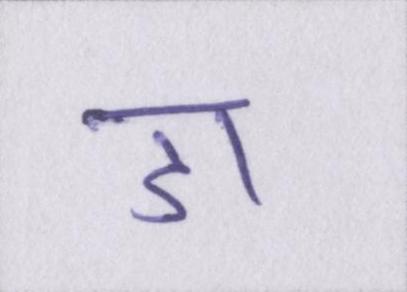
डा